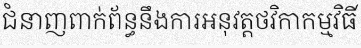
ជំនាញពាក់ព័ន្ធនឹងការអនុវត្តថវិកាកម្មវិធី